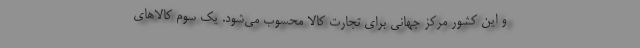
و این کشور مرکز جهانی برای تجارت کالا محسوب می‌شود. یک سوم کالاهای